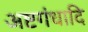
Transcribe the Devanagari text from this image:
अष्टगंधादि